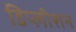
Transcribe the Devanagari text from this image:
डिप्लीशन